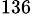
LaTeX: ^\mathrm{136}